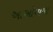
આઓયામા